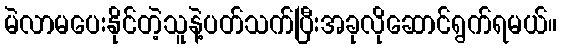
မဲလာမပေးနိုင်တဲ့သူနဲ့ပတ်သက်ပြီးအခုလိုဆောင်ရွက်ရမယ်။